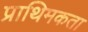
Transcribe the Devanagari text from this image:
प्राथिमकता